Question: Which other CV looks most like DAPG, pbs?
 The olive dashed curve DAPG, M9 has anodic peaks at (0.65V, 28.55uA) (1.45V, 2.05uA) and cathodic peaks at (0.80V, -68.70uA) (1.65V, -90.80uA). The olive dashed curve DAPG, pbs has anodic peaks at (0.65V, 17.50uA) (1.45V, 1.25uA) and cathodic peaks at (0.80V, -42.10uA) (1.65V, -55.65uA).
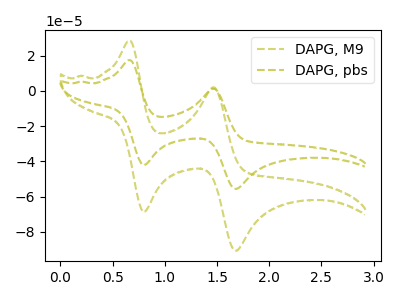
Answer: <think>All the peaks in "DAPG, M9" have a peak in "DAPG, pbs" at the same potential. Every peak in "DAPG, M9" is higher than every peak in "DAPG, pbs".
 </think>
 <answer>The CV with the most similar shape to "DAPG, M9" is "DAPG, pbs".</answer>
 <eval>"DAPG, pbs"</eval>